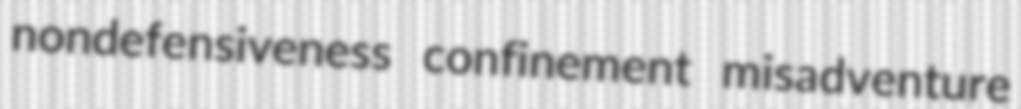
nondefensiveness confinement misadventure